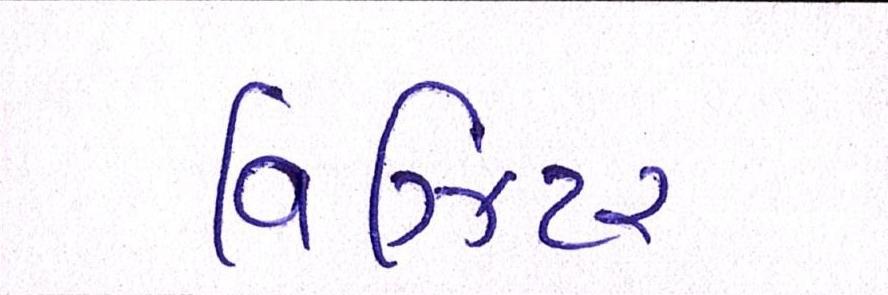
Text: વિઝિટર